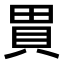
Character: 𧵗